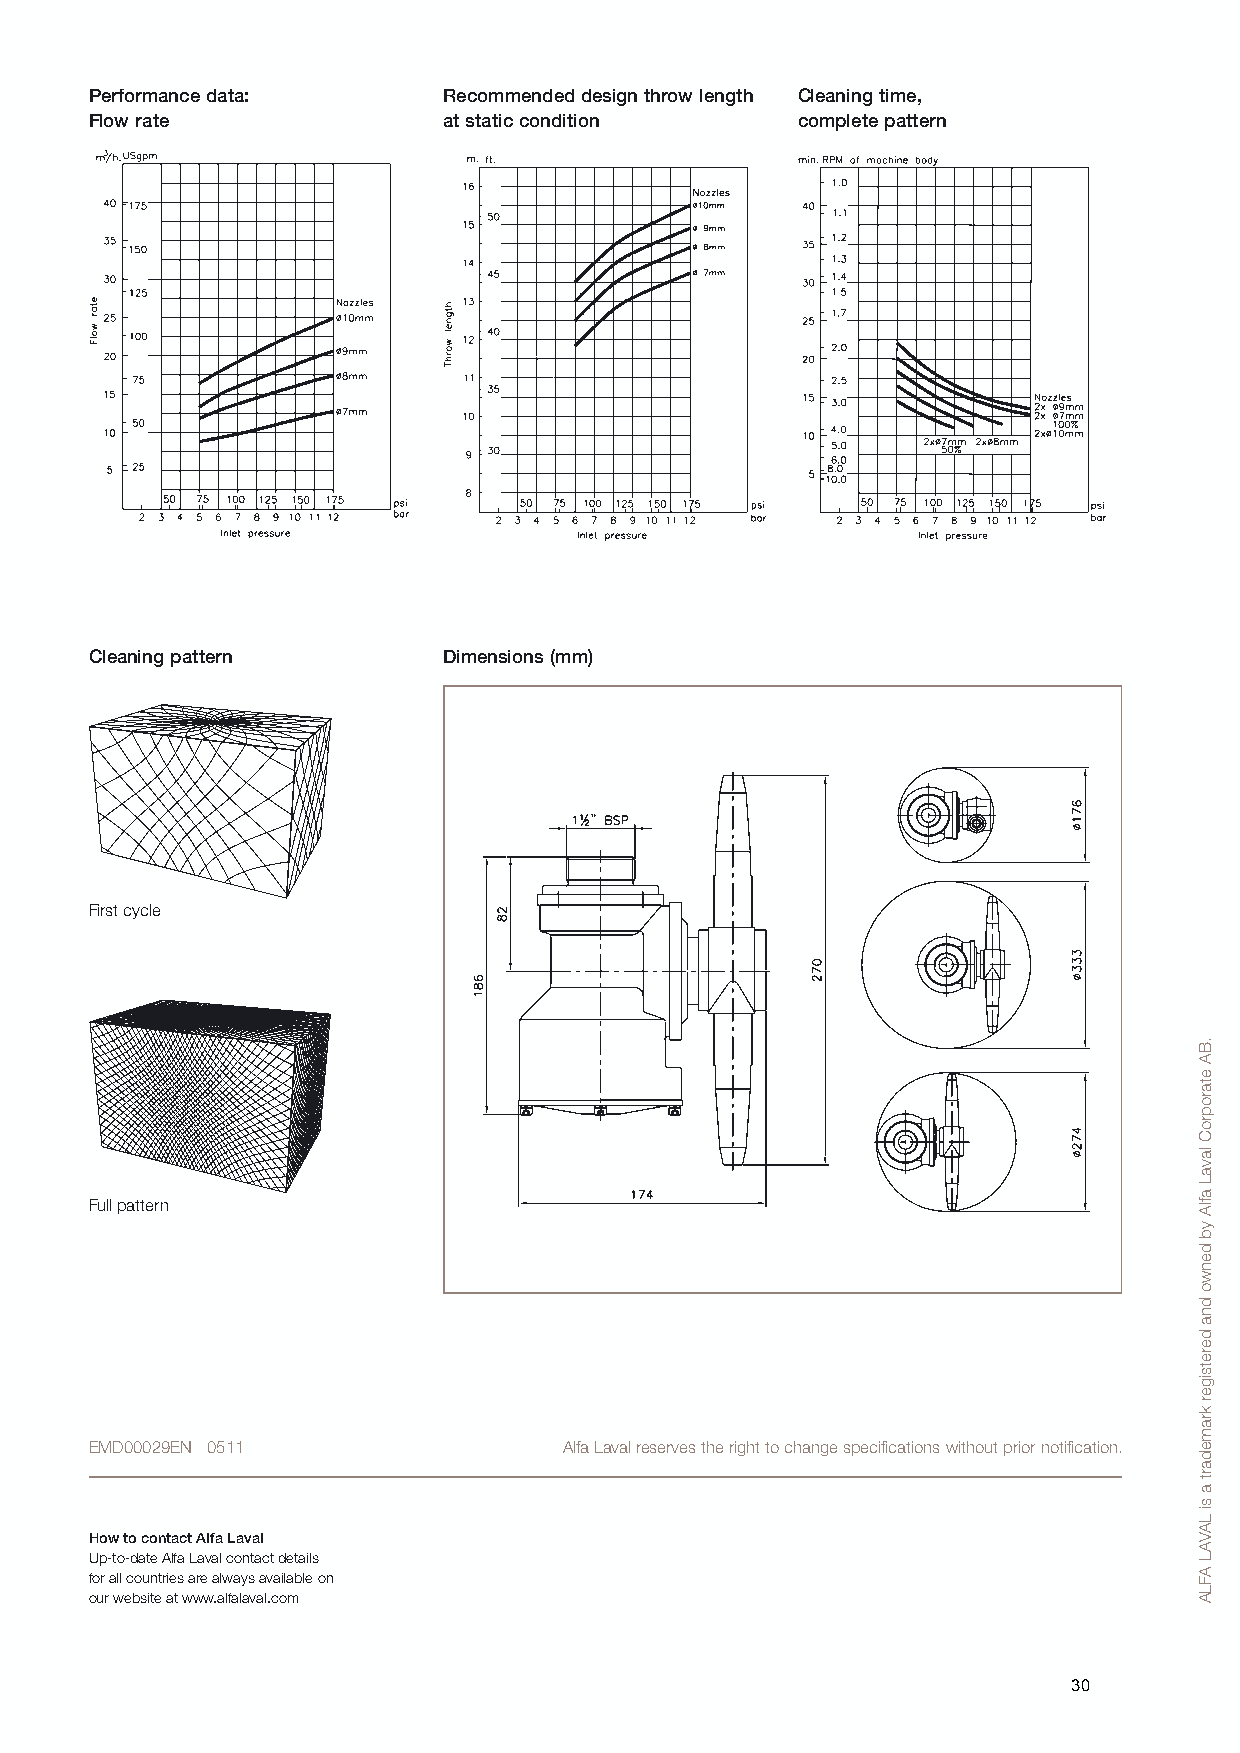
Performance data:      Recommended design throw length Cleaning time,
 Flow rate              at static condition     complete pattern
 Cleaning pattern       Dimensions (mm)
 First cycle
 Full pattern
 EMD00029EN 0511                Alfa Laval reserves the right to change specifications without prior notification.
 How to contact Alfa Laval
 Up-to-date Alfa Laval contact details
 for all countries are always available on
 our website at www.alfalaval.com
 30
 .BA
 etaroproC
 lavaL
 aflA
 yb
 denwo
 dna
 deretsiger
 kramedart
 a
 si
 LAVAL
 AFLA